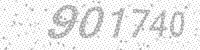
Solution: 901740